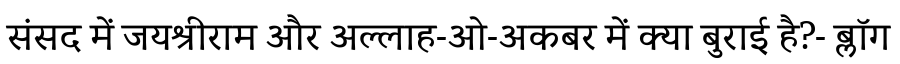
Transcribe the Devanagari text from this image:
संसद में जयश्रीराम और अल्लाह-ओ-अकबर में क्या बुराई है?- ब्लॉग